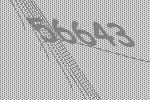
56643